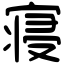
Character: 寝